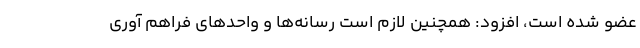
عضو شده است،‌ افزود: همچنین لازم است رسانه‌ها و واحدهای فراهم آوری